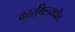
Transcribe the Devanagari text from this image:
कारगिलमधील